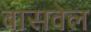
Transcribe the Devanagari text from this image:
बासवेल